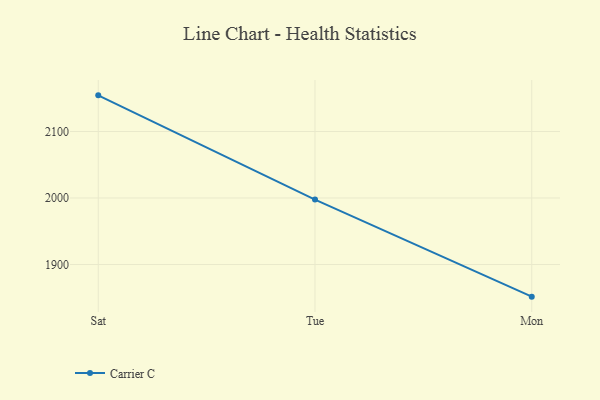
{"axis": {"x": "Day", "y": "Waste Production (Tons)"}, "legend": ["Carrier C"], "data": [{"x": "Sat", "y": 2154.4, "type": "Carrier C"}, {"x": "Tue", "y": 1997.7, "type": "Carrier C"}, {"x": "Mon", "y": 1851.7, "type": "Carrier C"}]}